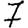
Digit: 7